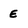
Character: E